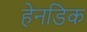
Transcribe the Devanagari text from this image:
हेनडिक